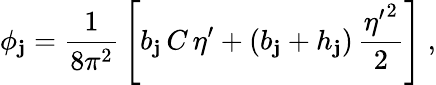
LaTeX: \phi_{\mathbf{j}}=\frac{{1}}{{8\pi^{2}}}\, \left[b_{\mathbf{j}}\, C\, \eta^{\prime}+(b_{\mathbf{j}}+h_{\mathbf{j}})\, \frac{{{\eta^{\prime}}^{2}}}{{2}}\right]~,